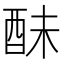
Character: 𨠝